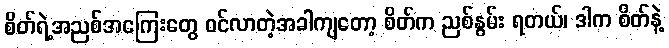
စိတ်ရဲ့အညစ်အကြေးတွေ ဝင်လာတဲ့အခါကျတော့ စိတ်က ညစ်နွမ်း ရတယ်၊ ဒါက စိတ်နဲ့